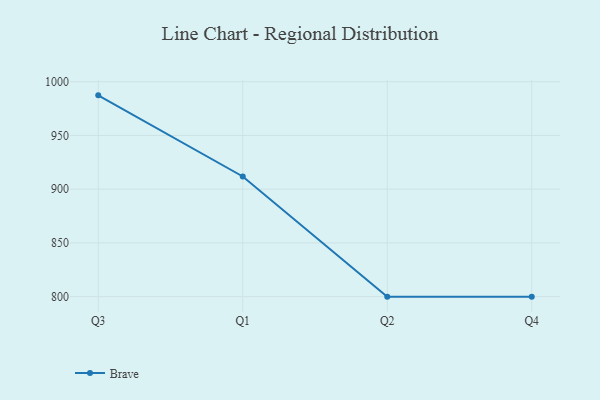
{"axis": {"x": "Quarter", "y": "Bounce Rate (%)"}, "legend": ["Brave"], "data": [{"x": "Q3", "y": 987.3, "type": "Brave"}, {"x": "Q1", "y": 911.8, "type": "Brave"}, {"x": "Q2", "y": 800, "type": "Brave"}, {"x": "Q4", "y": 800, "type": "Brave"}]}